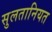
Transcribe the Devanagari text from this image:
सुलतानियत